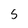
Character: s